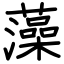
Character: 藻